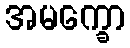
အမက္ခော